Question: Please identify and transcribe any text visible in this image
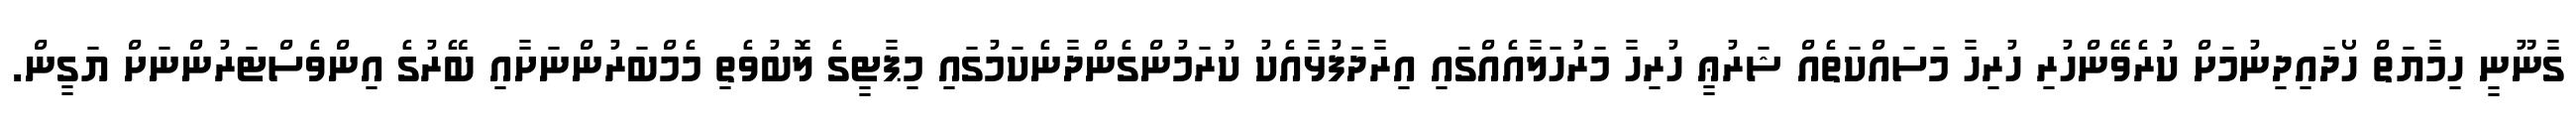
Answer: ގާނޫނީ ހިމާޔަތް ހޯދައިދިނުމަށް ކުރެވޭންހުރި ހުރިހާ މަސައްކަތެއް ޝަރުޢީ ހުރިހާ މަރުހަލާއެއްގައި އިރާދަފުޅާއެކު ކުރަމުންގެންދާނެކަމުގައި މިޕާޓީގެ ލޮބުވެތި މެމްބަރުންނަށާއި ބޭރުގެ އިންވެސްޓަރުންނަށް ޔަގީން.